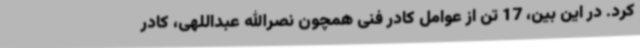
کرد. در این بین، 17 تن از عوامل کادر فنی همچون نصرالله عبداللهی، کادر